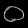
Digit: ၀